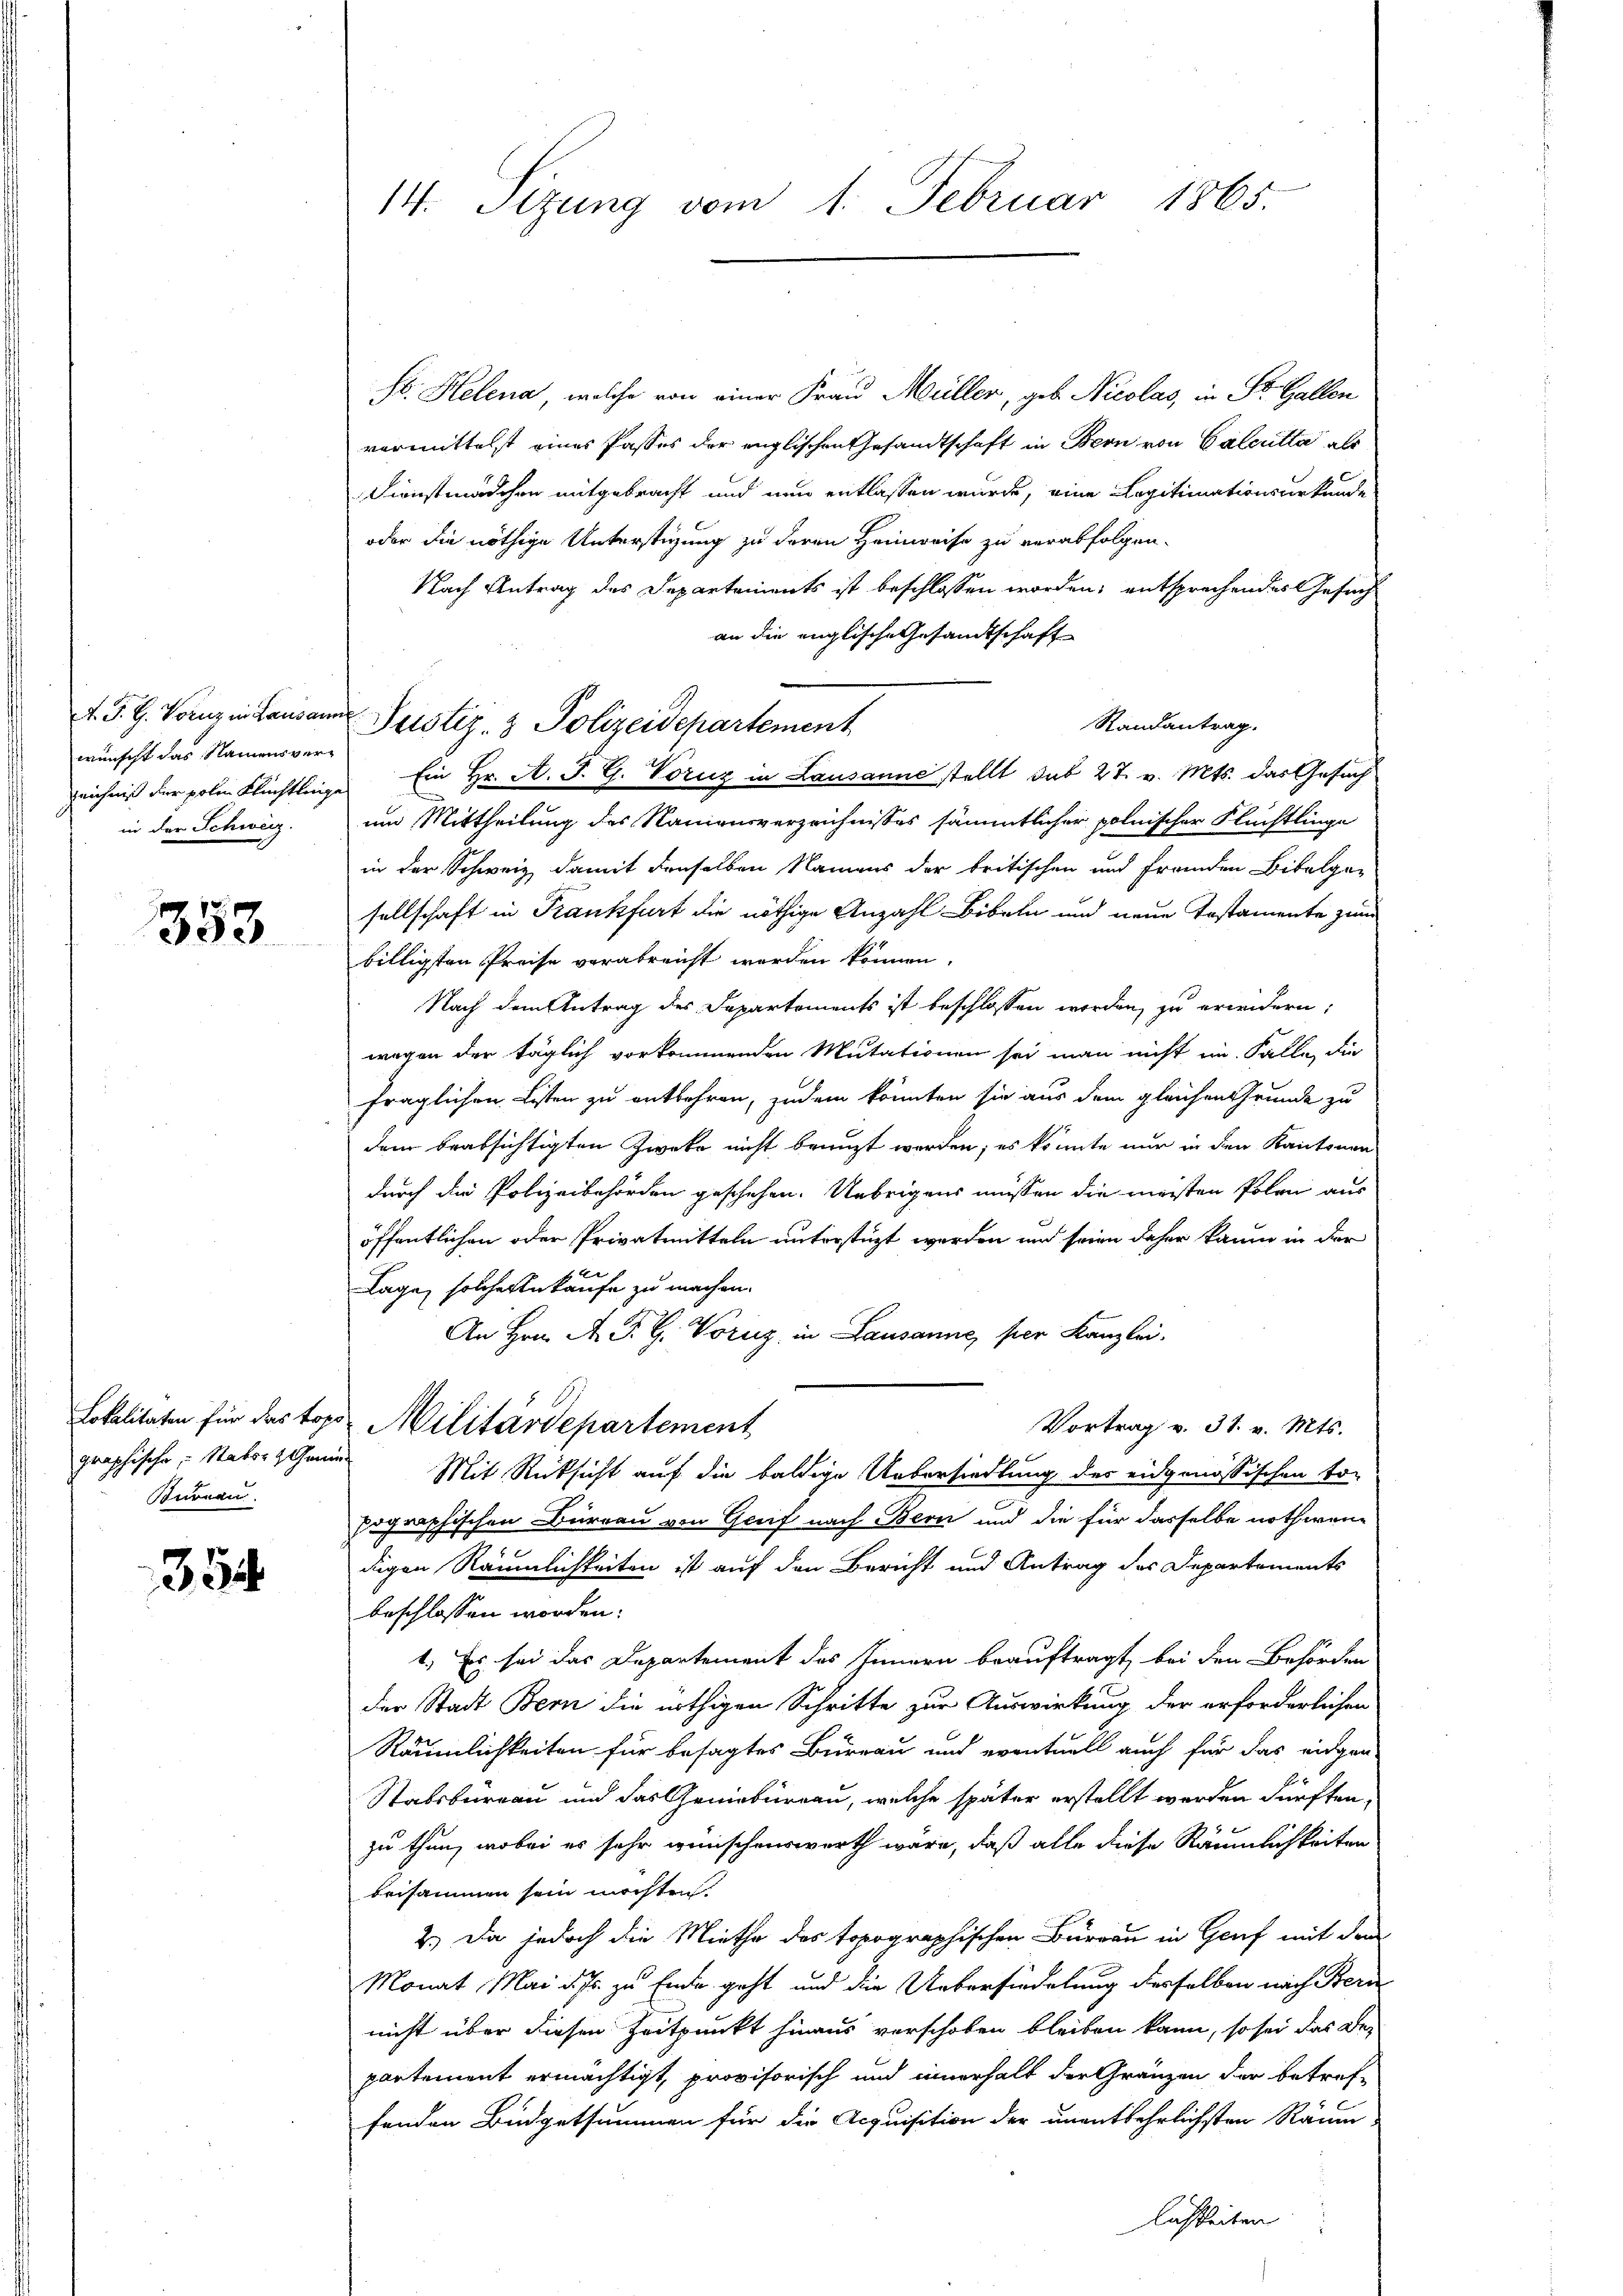
wünscht das Namensverzeichniß der polie Flüchtlinge
in der Schweiz.

358

Bureau.

354.

14. Sitzung vom 1. Februar 1865.

Hs. Helena, welche von einer Frau Müller, geb. Nicolas, in St. Gallen
vermittelst eines Passes der englischen Gesandtschaft in Bern von Calcutta als
Dienstmädchen mitgebracht und nun entlassen wurde, eine Legitimationsurkunde
oder die nöthige Unterstüzung zu deren Heimreise zu verabfolgen.
Nach Antrag des Departements ist beschlossen worden; entsprechendes Gesuch
an die englische Gesandtschaft
Randantrag.
Ein Hr. A. J. G. Voruz in Lausanne stellt sub 27. v. Mts. das Gesuch
um Mittheilung des Namensverzeichnisses sämmtlicher polnischer Flüchtlinge
in der Schweiz damit denselben Namens der britischen und fremden Bibelge-
sellschaft in Krankfurt die nöthige Anzahl Bibeln und neue Testamente zum
billigsten Preise verabreicht worden können.
Nach dem Antrag des Departements ist beschlossen werden, zu erindern:
wegen der täglich vorkommenden Mutationen sei man nicht im Falle, die
fraglichen Listen zu entbehren, zudem könnten sie aus dem gleichen Grunde zu
dem beabsichtigten Zweke nicht benuzt worden; es könnte nur in den Kantonen
durch die Polizeibehörden geschehen. Übrigens müssen die meisten Polen aus
öffentlichen oder Privatmitteln unterstüzt werden und seien daher kaum in der
Lage, solcher Ankaufe zu machen.
An Hrn. A. G. H. Vorunz, in Lausanne, per Kanzlei.
Lokalitäten für das topo Militärdepartement
Vortrag v. 31. v. Mts.
graphische Naterschen Mit Rücksicht auf die baldige Uebersiedlung der eidgenössischen to-
pographischen Bürrau von Genf nach Bern und die für dasselbe nothwen-
digen Räumlichkeiten ist auf den Bericht und Antrag des Departements
beschlossen worden:
1. Es sei das Departement des Innern beauftragt, bei den Behörden
der Stadt Bern die nöthigen Schritte zur Auswirkung der erforderlichen
Räumlichkeiten für besagtes Bureau und eventuell auch für das eidgen
Stabsbureau und das Geniebureau, welche später erstellt werden dürften,
zu thun, wobei es sehr wünschenswerth wäre, daß alle diese Räumlichkeiten
beisammen sein möchten.
2.) Da jedoch die Miethe des topographischen Burgau in Genf mit dem
Monat Mai d. Js. zu Ende geht und die Uebersiedelung desselben nach Bern
nicht über diesen Zeitpunkt hinaus verschoben bleiben kann, so sei das Be-
partement ermächtigt, provisorisch und innerhalt der Gränzen der betreffenden Büdgetsummen für die Acquisition der unentbehrlichsten Räum

A. J. G. Vornz in Lausanne Justiz- & Polizeidepartement